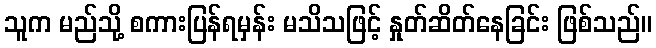
သူက မည်သို့ စကားပြန်ရမှန်း မသိသဖြင့် နှုတ်ဆိတ်နေခြင်း ဖြစ်သည်။